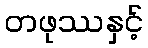
တဖုဿနှင့်